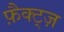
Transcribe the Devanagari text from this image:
फ़ैक्ट्ज़